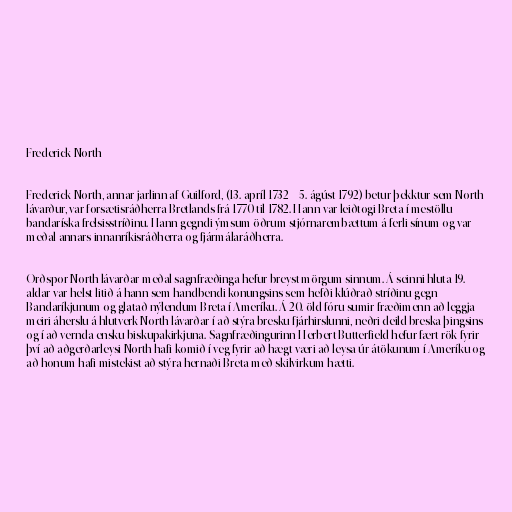
Frederick North

Frederick North, annar jarlinn af Guilford, (13. apríl 1732 – 5. ágúst 1792) betur þekktur sem North
lávarður, var forsætisráðherra Bretlands frá 1770 til 1782. Hann var leiðtogi Breta í mestöllu
bandaríska frelsisstríðinu. Hann gegndi ýmsum öðrum stjórnarembættum á ferli sínum og var
meðal annars innanríkisráðherra og fjármálaráðherra.

Orðspor North lávarðar meðal sagnfræðinga hefur breyst mörgum sinnum. Á seinni hluta 19.
aldar var helst litið á hann sem handbendi konungsins sem hefði klúðrað stríðinu gegn
Bandaríkjunum og glatað nýlendum Breta í Ameríku. Á 20. öld fóru sumir fræðimenn að leggja
meiri áherslu á hlutverk North lávarðar í að stýra bresku fjárhirslunni, neðri deild breska þingsins
og í að vernda ensku biskupakirkjuna. Sagnfræðingurinn Herbert Butterfield hefur fært rök fyrir
því að aðgerðarleysi North hafi komið í veg fyrir að hægt væri að leysa úr átökunum í Ameríku og
að honum hafi mistekist að stýra hernaði Breta með skilvirkum hætti.